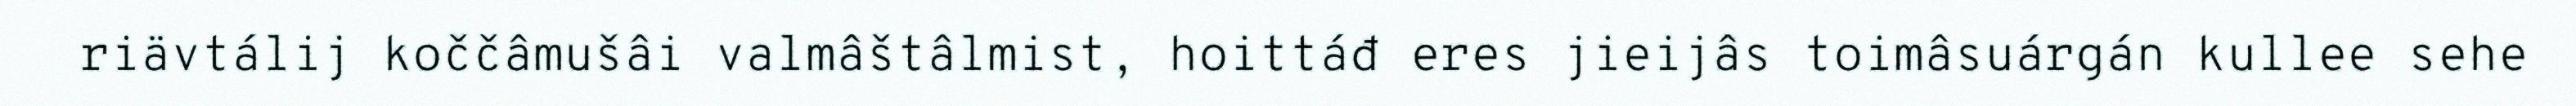
riävtálij koččâmušâi valmâštâlmist, hoittáđ eres jieijâs toimâsuárgán kullee sehe